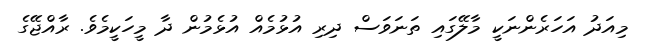
މިއަދު އަހަރެންނަކީ މާލޭގައި ތަނަވަސް ދިރި އުޅުމެއް އުޅެމުން ދާ މީހަކީމެވެ. ރާއްޖޭގެ